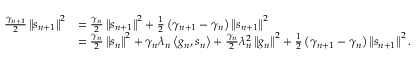
\begin{array} { r l } { \frac { \gamma _ { n + 1 } } { 2 } \left\Vert s _ { n + 1 } \right\Vert ^ { 2 } } & { = \frac { \gamma _ { n } } { 2 } \left\Vert s _ { n + 1 } \right\Vert ^ { 2 } + \frac { 1 } { 2 } \left( \gamma _ { n + 1 } - \gamma _ { n } \right) \left\Vert s _ { n + 1 } \right\Vert ^ { 2 } } \\ & { = \frac { \gamma _ { n } } { 2 } \left\Vert s _ { n } \right\Vert ^ { 2 } + \gamma _ { n } \lambda _ { n } \left\langle g _ { n } , s _ { n } \right\rangle + \frac { \gamma _ { n } } { 2 } \lambda _ { n } ^ { 2 } \left\Vert g _ { n } \right\Vert ^ { 2 } + \frac { 1 } { 2 } \left( \gamma _ { n + 1 } - \gamma _ { n } \right) \left\Vert s _ { n + 1 } \right\Vert ^ { 2 } . } \end{array}